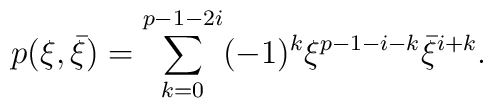
p(\xi,\bar{\xi})=\sum_{k=0}^{p-1-2i}(-1)^k \xi^{p-1-i-k}\bar{\xi}^{i+k}.